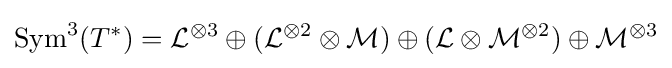
{\text{Sym}}^{3}(T^{*})={\mathcal {L}}^{\otimes 3}\oplus ({\mathcal {L}}^{\otimes 2}\otimes {\mathcal {M}})\oplus ({\mathcal {L}}\otimes {\mathcal {M}}^{\otimes 2})\oplus {\mathcal {M}}^{\otimes 3}